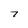
Character: 7